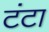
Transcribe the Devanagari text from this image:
टंटा